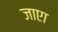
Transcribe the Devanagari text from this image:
जाएा